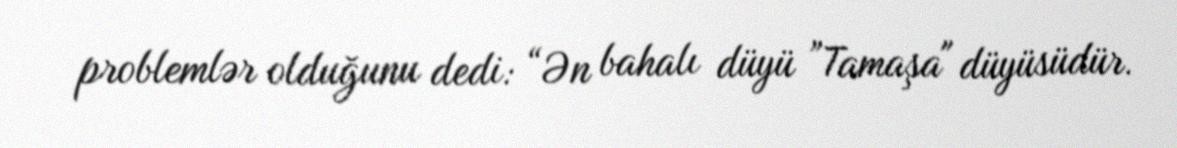
problemlər olduğunu dedi: “Ən bahalı düyü ”Tamaşa" düyüsüdür.